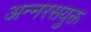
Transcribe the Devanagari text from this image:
अन्नरसयुक्त